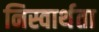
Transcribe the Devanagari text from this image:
निस्वार्थता